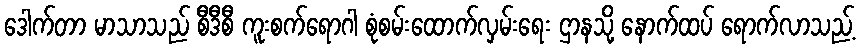
ဒေါက်တာ မာသာသည် စီဒီစီ ကူးစက်ရောဂါ စုံစမ်းထောက်လှမ်းရေး ဌာနသို့ နောက်ထပ် ရောက်လာသည့်